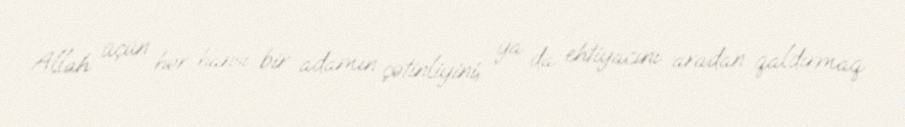
Allah üçün hər hansı bir adamın çətinliyini, ya da ehtiyacını aradan qaldırmaq